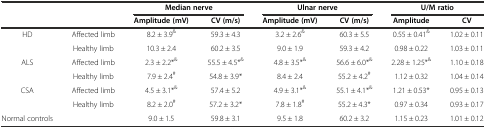
<table><thead><tr><td colspan="2"></td><td colspan="2"><b>Median nerve</b></td><td colspan="2"><b>Ulnar nerve</b></td><td colspan="2"><b>U/M ratio</b></td></tr><tr><td colspan="2"></td><td><b>Amplitude (mV)</b></td><td><b>CV (m/s)</b></td><td><b>Amplitude (mV)</b></td><td><b>CV (m/s)</b></td><td><b>Amplitude</b></td><td><b>CV</b></td></tr></thead><tbody><tr><td>HD</td><td>Affected limb</td><td>8.2 ± 3.9<sup>&amp;</sup></td><td>59.3 ± 4.3</td><td>3.2 ± 2.6<sup>&amp;</sup></td><td>60.3 ± 5.5</td><td>0.55 ± 0.41<sup>&amp;</sup></td><td>1.02 ± 0.11</td></tr><tr><td></td><td>Healthy limb</td><td>10.3 ± 2.4</td><td>60.2 ± 3.5</td><td>9.0 ± 1.9</td><td>59.3 ± 4.2</td><td>0.98 ± 0.22</td><td>1.03 ± 0.11</td></tr><tr><td>ALS</td><td>Affected limb</td><td>2.3 ± 2.2*<sup>&amp;</sup></td><td>55.5 ± 4.5*<sup>&amp;</sup></td><td>4.8 ± 3.5*<sup>&amp;</sup></td><td>56.6 ± 6.0*<sup>&amp;</sup></td><td>2.28 ± 1.25*<sup>&amp;</sup></td><td>1.10 ± 0.18</td></tr><tr><td></td><td>Healthy limb</td><td>7.9 ± 2.4<sup>#</sup></td><td>54.8 ± 3.9*</td><td>8.4 ± 2.4</td><td>55.2 ± 4.2<sup>#</sup></td><td>1.12 ± 0.32</td><td>1.04 ± 0.14</td></tr><tr><td>CSA</td><td>Affected limb</td><td>4.5 ± 3.1*<sup>&amp;</sup></td><td>57.4 ± 5.2</td><td>4.9 ± 3.1*<sup>&amp;</sup></td><td>55.1 ± 4.1*<sup>&amp;</sup></td><td>1.21 ± 0.53*</td><td>0.95 ± 0.13</td></tr><tr><td></td><td>Healthy limb</td><td>8.2 ± 2.0<sup>#</sup></td><td>57.2 ± 3.2*</td><td>7.8 ± 1.8<sup>#</sup></td><td>55.2 ± 4.3*</td><td>0.97 ± 0.34</td><td>0.93 ± 0.17</td></tr><tr><td>Normal controls</td><td></td><td>9.0 ± 1.5</td><td>59.8 ± 3.1</td><td>9.5 ± 1.8</td><td>60.2 ± 3.2</td><td>1.15 ± 0.23</td><td>1.01 ± 0.12</td></tr></tbody></table>